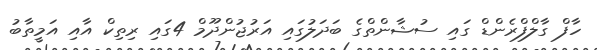
ހާފް ގާލްފްރެންޑް ގައި ސުޝާންތްގެ ބަދަލުގައި އަރުޖުންދޫމް 4ގައި ރިތިކް އާއި އަމީތާބު